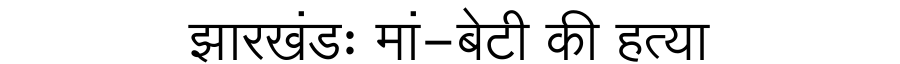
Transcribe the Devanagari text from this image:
झारखंडः मां-बेटी की हत्या